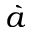
\grave { a }